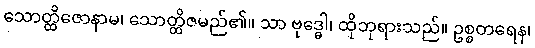
သောတ္ထိဇောနာမ၊ သောတ္ထိဇမည်၏။ သာ ဗုဒ္ဓေါ၊ ထိုဘုရားသည်။ ဥစ္စတရေန၊